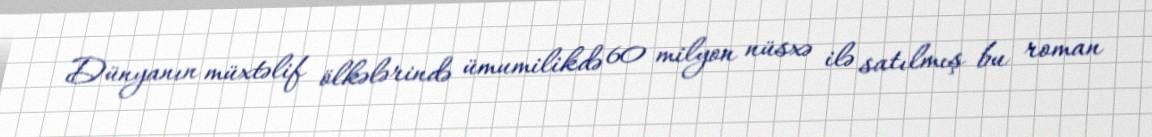
Dünyanın müxtəlif ölkələrində ümumilikdə 60 milyon nüsxə ilə satılmış bu roman